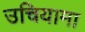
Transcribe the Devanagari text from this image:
उचियामा